Investigations on Bengal jail dietaries - Number 37
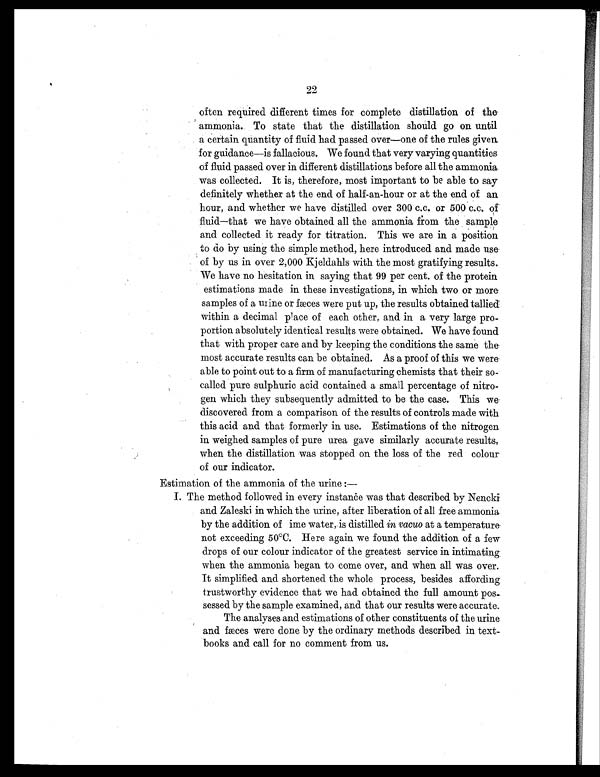
22
often required different times for complete distillation of
t h e a m m o n i a . T o s t a t e t h a t t h e d i s t i l l a t i o n s h o u l d g o o n u n t i l
a certain quantity of fluid had passed over—one of the rules given
for guidance—is fallacious. We found that very varying quantities
of fluid passed over in different distillations before all the ammonia.
was collected. It is, therefore, most important to be able to say
definitely whether at the end of half-an-hour or at the end of an
hour, and whether we have distilled over 300 c.c. or 500 c.c. of
fluid—that we have obtained all the ammonia from the sample
and collected it ready for titration. This we are in a position
to do by using the simple method, here introduced and made use
of by us in over 2,000 Kjeldahls with the most gratifying results.
We have no hesitation in saying that 99 per cent. of the protein
estimations made in these investigations, in which two or more
samples of a urine or fæces were put up, the results obtained tallied
within a decimal place of each other, and in a very large pro-
portion absolutely identical results were obtained. We have found
that with proper care and by keeping the conditions the same the
most accurate results can be obtained. As a proof of this we were
able to point out to a firm of manufacturing chemists that their so-
called pure sulphuric acid contained a small percentage of
n i t r o g e n w h i c h t h e y s u b s e q u e n t l y a d m i t t e d t o b e t h e c a s e . T h i s w e
discovered from a comparison of the results of controls made with
this acid and that formerly in use. Estimations of the nitrogen,
in weighed samples of pure urea gave similarly accurate results,
when the distillation was stopped on the loss of the red colour
of our indicator.
Estimation of the ammonia of the urine :
—
I. The method followed in every instance was that described by Nencki
and Zaleski in which the urine, after liberation of all free ammonia
by the addition of ime water, is distilled in vacuo at a temperature
not exceeding 50°C. Here again we found the addition of a few
drops of our colour indicator of the greatest service in intimating
when the ammonia began to come over, and when all was over.
It simplified and shortened the whole process, besides affording
trustworthy evidence that we had obtained the full amount pos
sessed by the sample examined, and that our results were accurate.
The analyses and estimations of other constituents of the urine
and fæces were done by the ordinary methods described in text-
books and call for no comment from us.